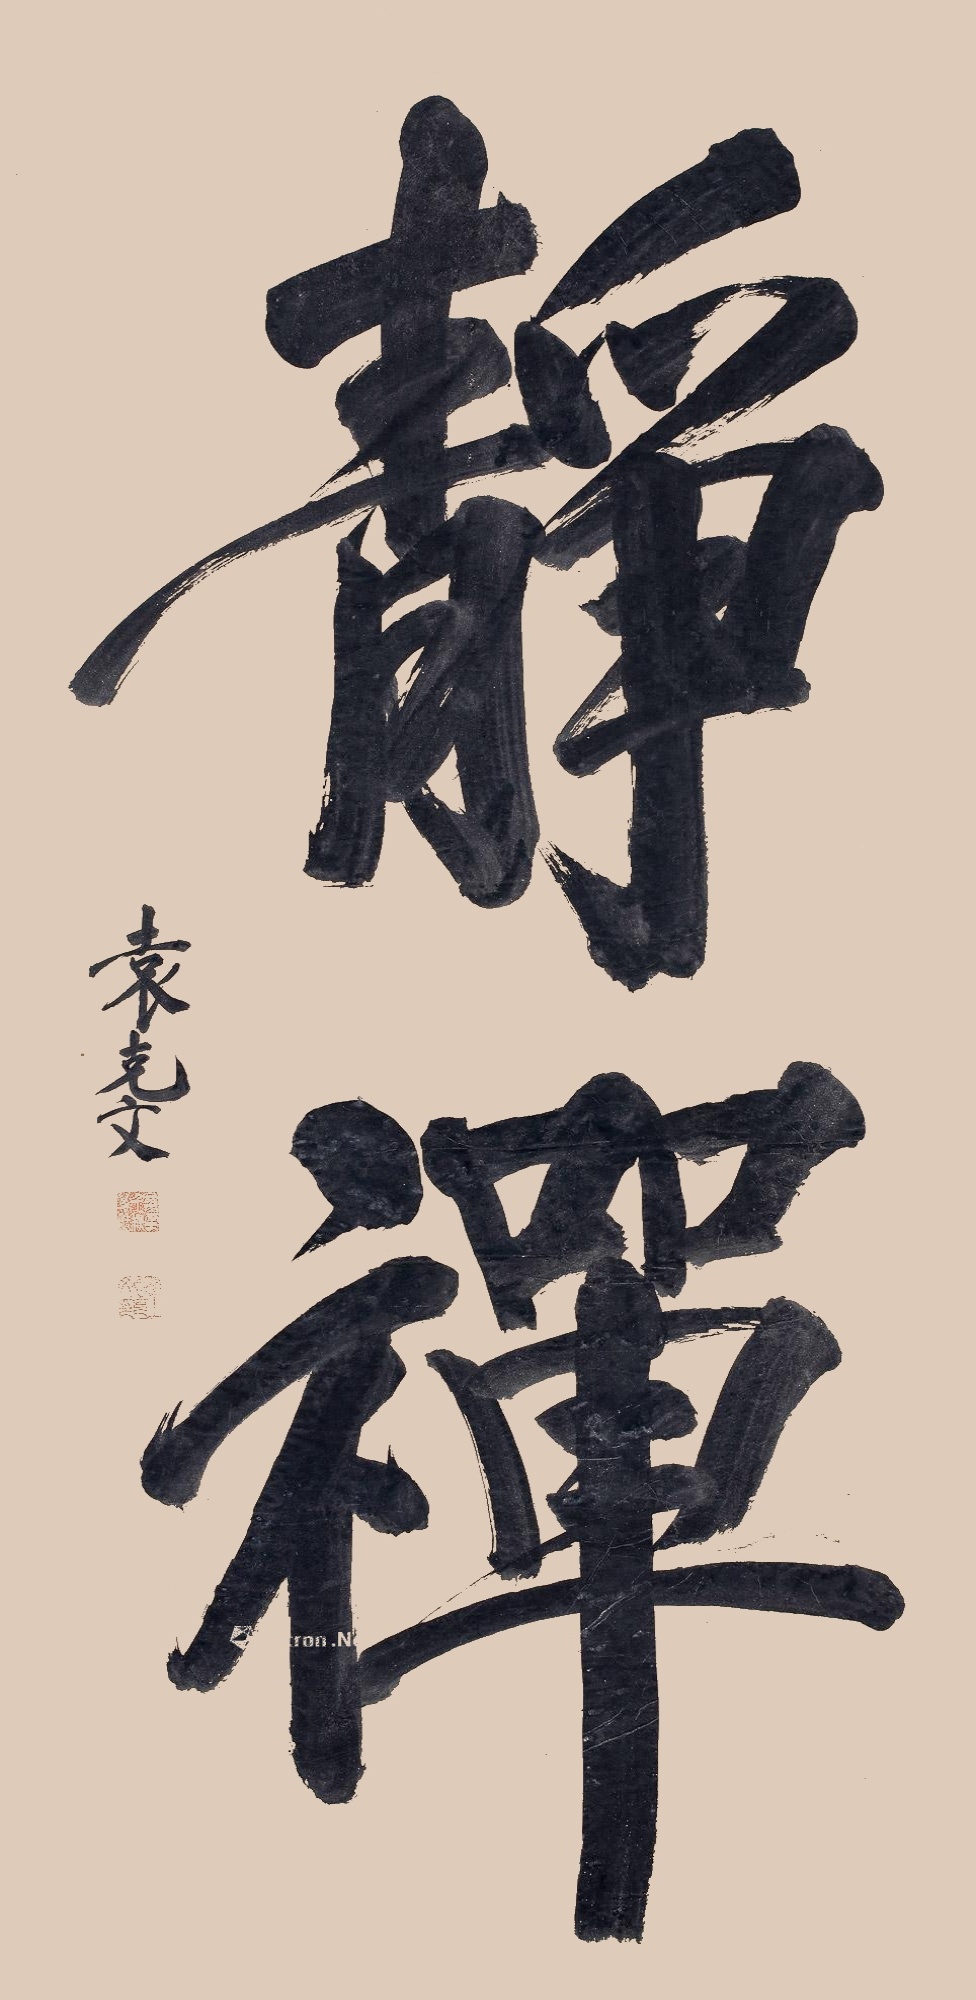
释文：静禅。袁克文。